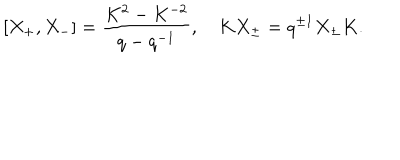
LaTeX: [ X _ { + } , X _ { - } ] = \frac { K ^ { 2 } - K ^ { - 2 } } { q - q ^ { - 1 } } , \quad K X _ { \pm } = q ^ { \pm 1 } X _ { \pm } K .